Vaccination North-Western Provinces and Oudh 1896-1901 - 1896-1901
Year: 1896
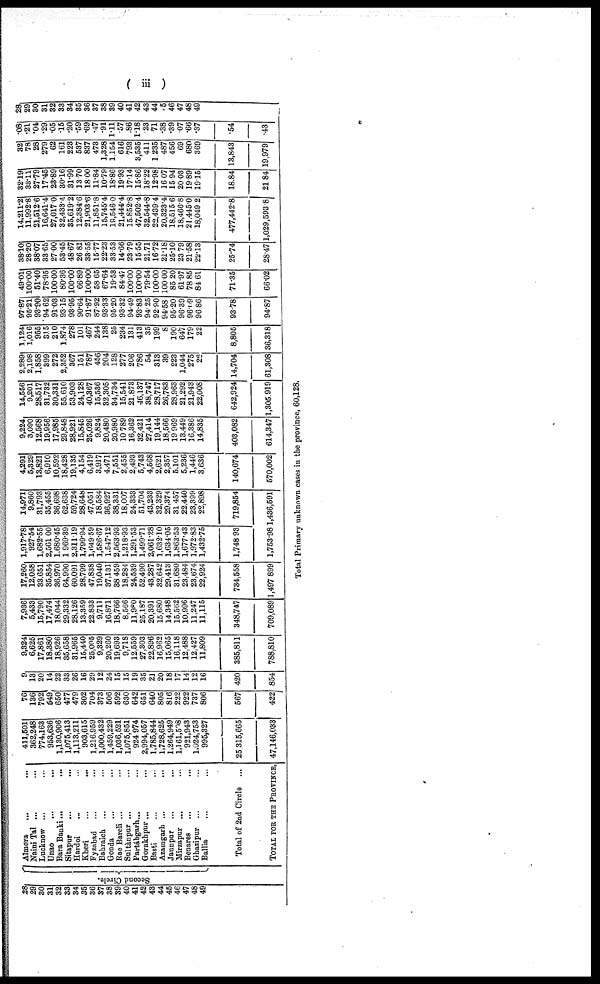
( iii )
28
29
30
31
32
33
34
35
36
37
38
39
40
41
42
43
44
45
46
47
48
49
Second Circle.
Almora ... ...
Naini Tal ... ...
Lucknow ... ...
Unao ... ...
Bara Banki... ...
Sitapur... ...
Hardoi... ...
Kheri... ...
Fyzabad... ...
Bahraich... ...
Gonda... ...
Rae Bareli ... ...
Sultànpur ... ...
Partábgarh... ...
Gorakhpur ... ...
Basti ... ...
Azamgarh ... ...
Jaunpur ... ...
Mirzapur ... ...
Benares ... ...
Ghazipur ... ...
Ballia ... ...
Total of 2nd Circle
...
TOTAL FOR THE PROVINCE,
411,501
362,248
774,163
953,636
1,130,906
1,075,413
1,113,211
903,615
1,216,959
1,000,432
1,459,229
1,036,521
1,075,851
924,974
2,994,057
1,785,844
1,728,625
1,264,949
1,161,508
921,943
1,024,753
995,327
25,315,665
47,146,033
76
136
792
649
650
477
479
302
704
373
506
592
630
642
651
640
805
816
222
922
737
806
567
422
9
13
20
14
22
33
26
16
29
12
24
15
15
19
35
21
20
18
17
14
12
16
420
854
9,324
6,625
17,861
18,380
18,926
35,658
31,965
15,440
25,005
9,329
20,260
19,693
9,718
12,559
27,303
22,896
16,962
15,065
16,118
12,488
12,427
11,809
385,811
788,810
7,936
5,433
15,790
17,474
18,044
29,332
28,126
13,359
22,833
9,711
16,871
18,766
8,566
11,980
25,187
20,391
15,680
14,348
15,562
10,996
11,247
11,115
348,747
709,089
17,260
12,058
33,651
35,854
36,970
64,990
60,091
28,799
47,838
19,040
37,131
38 459
18,284
24,539
52,490
43,287
32,642
29,413
31,680
23,484
23,674
22,924
734,558
1,497,899
1,917.78
927.54
1,682.55
2,561.00
1,680.45
1 969.39
2,311.19
1,799.94
1,649.59
1,586.67
1,547.12
2,56393
1,218.93
1,291.53
1,499.71
2,061.28
1,632.10
1,634.05
1,863.53
1,677.43
1,972.83
1,432.75
1,748.93
1,753.98
14,971
9,860
31,793
35,455
36,698
62,638
59,724
28,648
47,051
18,584
36,927
38,331
18,007
24,333
51,704
43,233
32,329
29,374
31,457
22,440
23,399
22,898
719,854
1,436,591
4,291
5,329
13,821
6,910
10,592
18,428
19,135
4,154
6,419
3,917
4,471
7,551
2,455
2,493
5,743
4,568
2,621
2,357
5,101
5,236
1,446
3,636
140,674
570,002
9,224
3,090
12,568
19,956
17,985
29,848
28,921
15,845
25,026
9,824
20,480
20,980
10,789
16,362
32,421
27,414
19,144
18,566
19,969
13,449
16,386
14,835
403,082
614,347
14,556
9,201
28,517
31,732
30,331
55.610
53,903
24,128
40,367
15,536
32,305
34,734
15,541
21,873
46,137
38,747
28,717
26,783
28,963
21,292
21,943
22,008
642,924
1,305,919
2,289
2,198
1,858
399
272
2,352
367
151
787
456
204
128
277
206
786
54
313
39
223
1,044
275
26
14,704
61,308
1,124
1,016
955
315
210
1,874
278
101
467
244
138
25
234
131
413
35
199
8
190
647
179
22
8,805
36,318
97.87
95.21
93.90
94.62
91.03
93.15
93.95
90.64
91.87
87.92
93.33
95.20
93.32
94.49
93.83
94.25
92.90
94.58
95.20
96.39
96.09
96.86
93.78
94.87
49.01
100.00
51.40
78.95
100.00
80.36
100.00
66.89
100.00
58.65
67.64
19.53
84.47
100.00
100.00
79.54
100.00
100.00
85.20
61.97
78.85
84.61
71.35
66.02
38.10
28.20
38.07
33.65
27.00
53.45
48.67
26.81
33.55
15.77
22.23
33.53
14.66
23.79
15.55
21.71
16.72
21.18
25.10
23.79
21.58
22.13
25.74
28.47
14,211.2
11,992.8
21,512.6
16,641.4
27,017.0
32,438.4
35,619.2
12,384.6
21,903.6
11,851.8
15,745.4
19,546.0
21,444.4
15,852.8
47,502.4
32,544.8
22,439.4
20,323.4
18,515.6
18,466.8
21,445.0
18,049.2
477,442.8
1,029,593.8
32.19
33.11
27.79
17.45
23.89
30.16
31.99
13.70
18.00
11.84
10.79
18.86
19.93
17.14
15.86
18.22
12.98
16.07
15.94
20.03
19.89
19.15
18.84
21.84
32
78
28
279
62
161
223
537
837
473
1,328
1,154
616
793
3,535
411
1,235
487
456
69
680
369
13,843
19,979
.08
.21
.04
.29
.05
.15
.20
.59
.69
.47
.91
1.11
.57
.86
1.18
.23
.71
.38
.39
.07
.66
.37
.54
.43
28
29
30
31
32
33
34
35
36
37
38
39
40
41
42
43
44
45
46
47
48
49
Total Primary unknown cases in the province, 60,128.